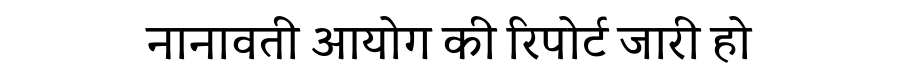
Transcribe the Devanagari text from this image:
नानावती आयोग की रिपोर्ट जारी हो